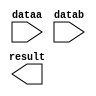
// megafunction wizard: %LPM_MULT%VBB%
// GENERATION: STANDARD
// VERSION: WM1.0
// MODULE: lpm_mult 

// ============================================================
// Megafunction Name(s):
// 			lpm_mult
//
// Simulation Library Files(s):
// 			lpm
// ============================================================
// ************************************************************
// THIS IS A WIZARD-GENERATED FILE. DO NOT EDIT THIS FILE!
//
// 13.1.0 Build 162 10/23/2013 SJ Full Version
// ************************************************************

//Copyright (C) 1991-2013 Altera Corporation
//Your use of Altera Corporation's design tools, logic functions 
//and other software and tools, and its AMPP partner logic 
//functions, and any output files from any of the foregoing 
//(including device programming or simulation files), and any 
//associated documentation or information are expressly subject 
//to the terms and conditions of the Altera Program License 
//Subscription Agreement, Altera MegaCore Function License 
//Agreement, or other applicable license agreement, including, 
//without limitation, that your use is for the sole purpose of 
//programming logic devices manufactured by Altera and sold by 
//Altera or its authorized distributors.  Please refer to the 
//applicable agreement for further details.

module multiplexer (
	dataa,
	datab,
	result);

	input	[7:0]  dataa;
	input	[7:0]  datab;
	output	[15:0]  result;

endmodule

// ============================================================
// CNX file retrieval info
// ============================================================
// Retrieval info: PRIVATE: AutoSizeResult NUMERIC "0"
// Retrieval info: PRIVATE: B_isConstant NUMERIC "0"
// Retrieval info: PRIVATE: ConstantB NUMERIC "0"
// Retrieval info: PRIVATE: INTENDED_DEVICE_FAMILY STRING "Cyclone IV E"
// Retrieval info: PRIVATE: LPM_PIPELINE NUMERIC "0"
// Retrieval info: PRIVATE: Latency NUMERIC "0"
// Retrieval info: PRIVATE: SYNTH_WRAPPER_GEN_POSTFIX STRING "0"
// Retrieval info: PRIVATE: SignedMult NUMERIC "0"
// Retrieval info: PRIVATE: USE_MULT NUMERIC "1"
// Retrieval info: PRIVATE: ValidConstant NUMERIC "0"
// Retrieval info: PRIVATE: WidthA NUMERIC "8"
// Retrieval info: PRIVATE: WidthB NUMERIC "8"
// Retrieval info: PRIVATE: WidthP NUMERIC "16"
// Retrieval info: PRIVATE: aclr NUMERIC "0"
// Retrieval info: PRIVATE: clken NUMERIC "0"
// Retrieval info: PRIVATE: new_diagram STRING "1"
// Retrieval info: PRIVATE: optimize NUMERIC "0"
// Retrieval info: LIBRARY: lpm lpm.lpm_components.all
// Retrieval info: CONSTANT: LPM_HINT STRING "MAXIMIZE_SPEED=5"
// Retrieval info: CONSTANT: LPM_REPRESENTATION STRING "UNSIGNED"
// Retrieval info: CONSTANT: LPM_TYPE STRING "LPM_MULT"
// Retrieval info: CONSTANT: LPM_WIDTHA NUMERIC "8"
// Retrieval info: CONSTANT: LPM_WIDTHB NUMERIC "8"
// Retrieval info: CONSTANT: LPM_WIDTHP NUMERIC "16"
// Retrieval info: USED_PORT: dataa 0 0 8 0 INPUT NODEFVAL "dataa[7..0]"
// Retrieval info: USED_PORT: datab 0 0 8 0 INPUT NODEFVAL "datab[7..0]"
// Retrieval info: USED_PORT: result 0 0 16 0 OUTPUT NODEFVAL "result[15..0]"
// Retrieval info: CONNECT: @dataa 0 0 8 0 dataa 0 0 8 0
// Retrieval info: CONNECT: @datab 0 0 8 0 datab 0 0 8 0
// Retrieval info: CONNECT: result 0 0 16 0 @result 0 0 16 0
// Retrieval info: GEN_FILE: TYPE_NORMAL multiplexer.v TRUE
// Retrieval info: GEN_FILE: TYPE_NORMAL multiplexer.inc FALSE
// Retrieval info: GEN_FILE: TYPE_NORMAL multiplexer.cmp FALSE
// Retrieval info: GEN_FILE: TYPE_NORMAL multiplexer.bsf FALSE
// Retrieval info: GEN_FILE: TYPE_NORMAL multiplexer_inst.v FALSE
// Retrieval info: GEN_FILE: TYPE_NORMAL multiplexer_bb.v TRUE
// Retrieval info: LIB_FILE: lpm